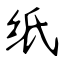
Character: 纸